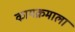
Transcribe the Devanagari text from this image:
कायक्रमाला